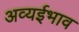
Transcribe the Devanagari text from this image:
अव्यईभाव